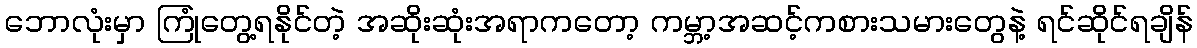
ဘောလုံးမှာ ကြုံတွေ့ရနိုင်တဲ့ အဆိုးဆုံးအရာကတော့ ကမ္ဘာ့အဆင့်ကစားသမားတွေနဲ့ ရင်ဆိုင်ရချိန်